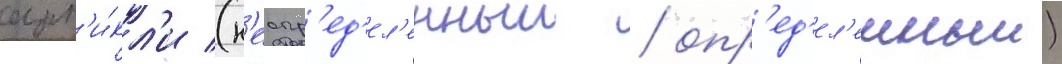
арт'и́кл'и (н'еопр'ед'ел'енныи / опр'ед'ел'енныи)